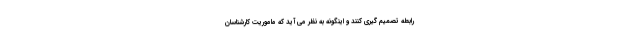
رابطه تصمیم گیری کنند و اینگونه به نظر می آید که ماموریت کارشناسان